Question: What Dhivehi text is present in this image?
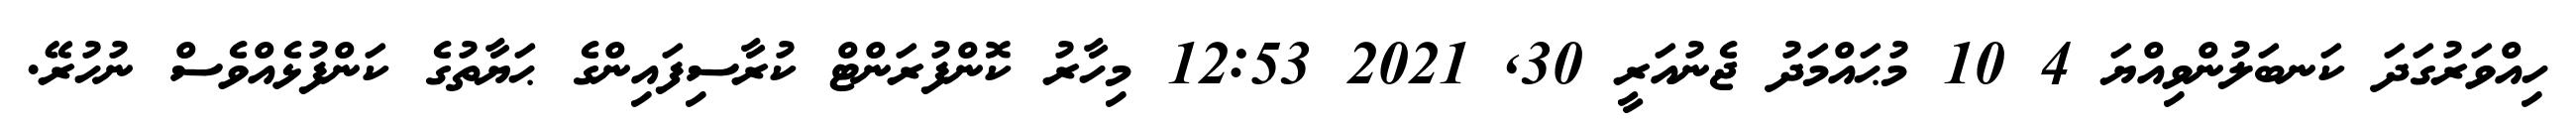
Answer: ހިއްވަރުގަދަ ކަނބަލުންވިއްޔަ 4 10 މުޙައްމަދު ޖެނުއަރީ 30, 2021 12:53 މިހާރު ކޮންފުރަންޓް ކުރާސިފައިންގެ ޙަޔާތުގެ ކަންފުޅެއްވެސް ނުހުރޭ.